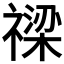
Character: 𥛫